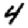
Digit: 4